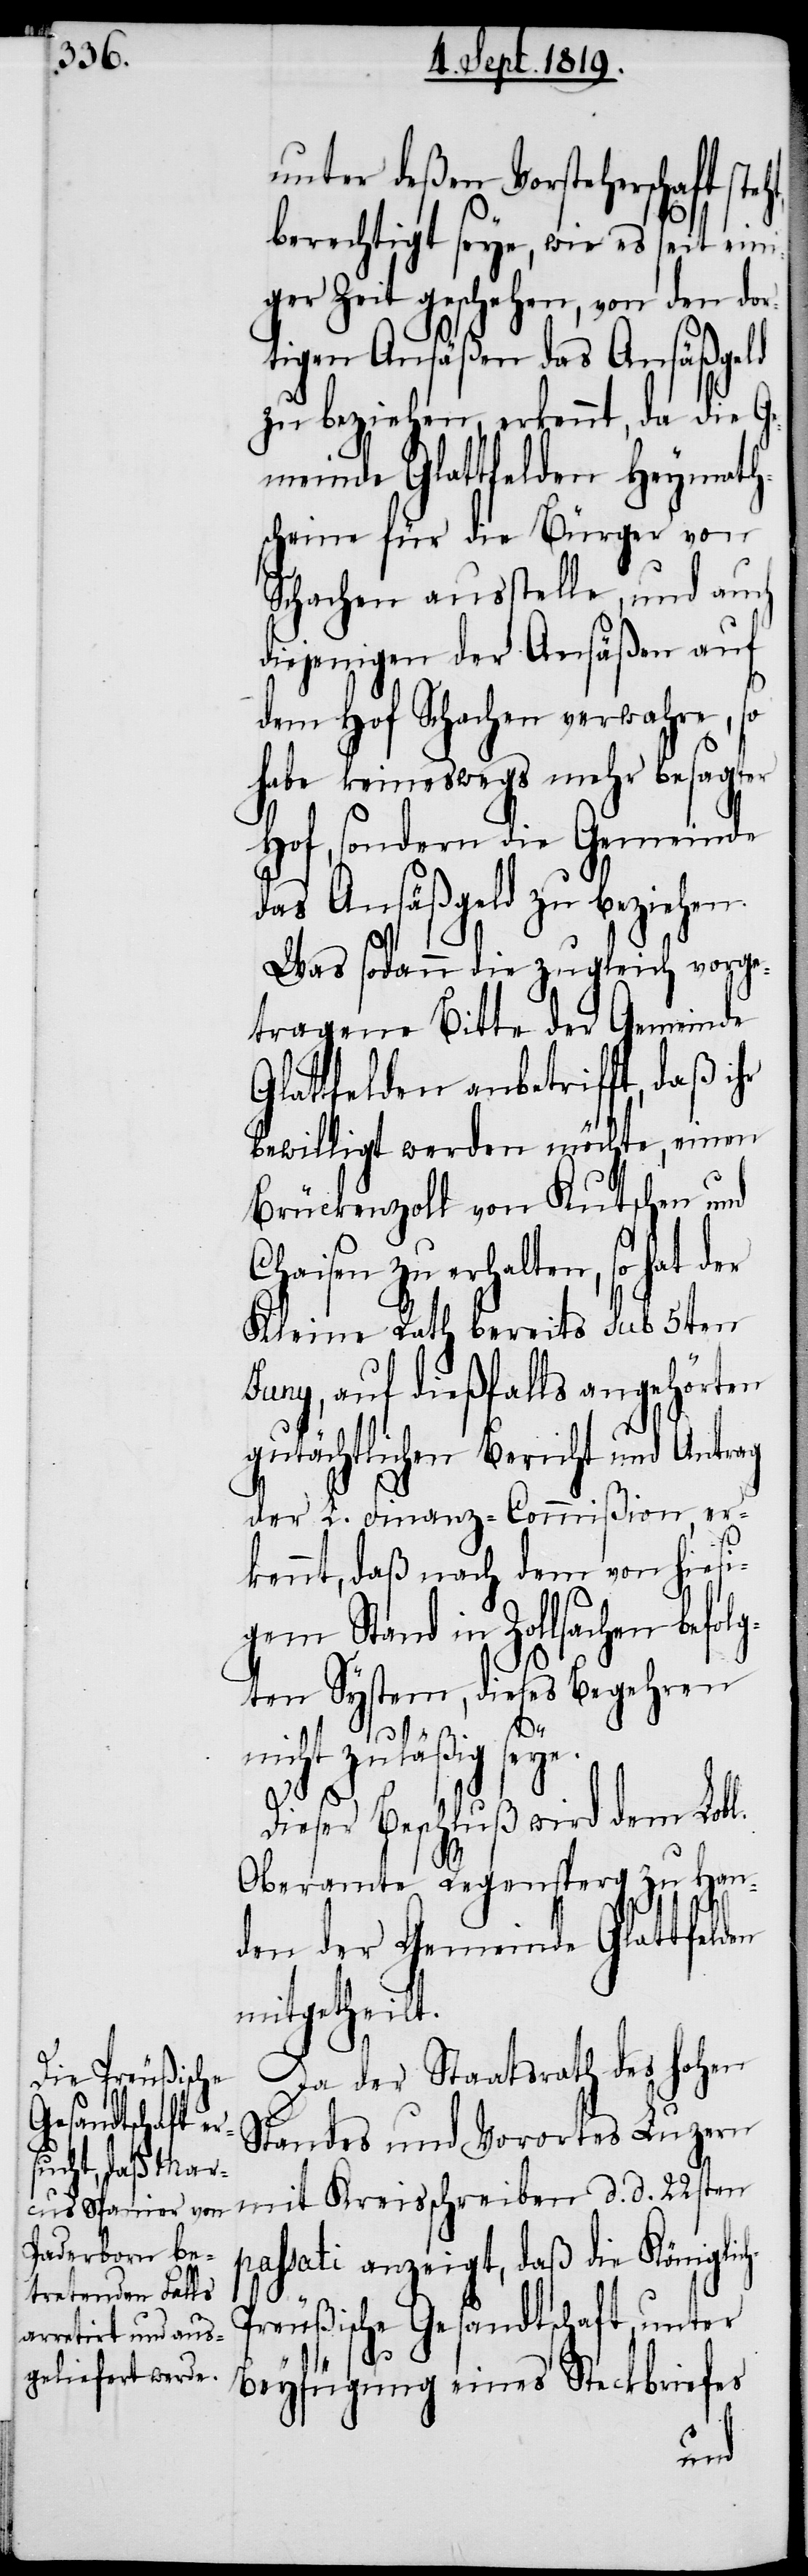
unter deßen Vorsteherschaft s¬
berechtigt seye, wie es seit eini¬
ger Zeit geschehen, von den dor¬
tigen Ansäßen das Ansäßgeld
zu beziehen, erkennt, da die Ge¬
meinde Glattfelden Heymath¬
scheine für die Bürger von
Schachen ausstelle, und auch
diejenigen der Ansäßen auf
dem Hof Schachen verwahre, so
habe keineswegs mehr besagter
Hof, sondern die Gemeinde
das Ansäßgeld zu beziehen.
Was sodann die zugleich vorge¬
tragene Bitte der Gemeinde
Glattfelden anbetrifft, daß ihr
bewilligt werden möchte, einen
Brückenzoll von Kutschen und
Chaisen zu erhalten, so hat der
Kleine Rath bereits sub 5ten
Juny, auf dießfalls angehörten
gutächtlichen Bericht und Antrag
der L. Finanz-Commißion, er¬
kennt, daß nach dem von hiesi¬
gem Stand in Zollsachen befol¬
gten System, dieses Begehren
ch-P¬
nicht zuläßig seye.
Dieser Beschluß wird dem Lobl.
Oberamte Regensperg zu Han¬
den der Gemeinde Glattfeld¬
mitgetheilt.
Da der Staatsrath des hohen
Standes und Vorortes Luzern
mit Kreisschreiben d. d. 22sten
passati anzeigt, daß die Königli¬
reußische Gesandtschaft, unter
Beyfügung eines Steckbriefes
en